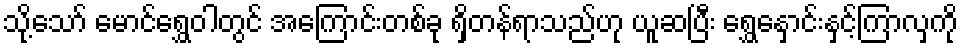
သို့သော် မောင်ရွှေဝါတွင် အကြောင်းတစ်ခု ရှိတန်ရာသည်ဟု ယူဆပြီး ရွှေနှောင်းနှင့်ကြာလှကို